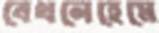
বেথলেহেমে